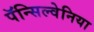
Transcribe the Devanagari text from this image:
पॅन्सिल्वेनिया